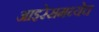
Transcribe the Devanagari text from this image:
आइरेसमध्येच